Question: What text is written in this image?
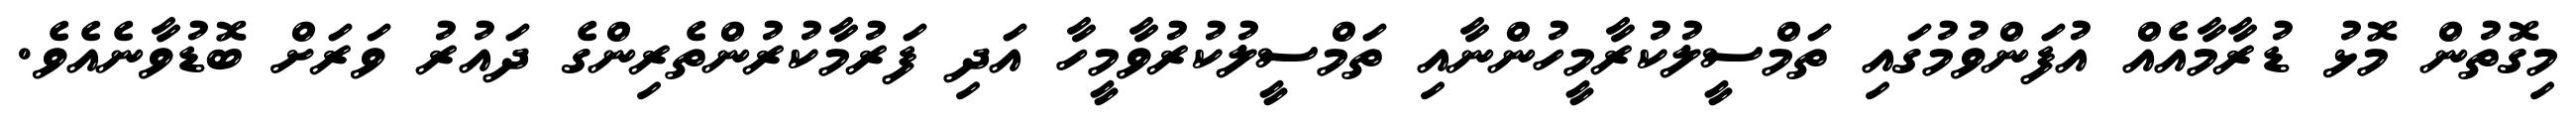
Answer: މިގޮތުން މޮޅު ޑުރާމާއެއް އުފަންވުމުގައި ތަމްސީލުކުރާމީހުންނާއި ތަމްސީލުކުރުވާމީހާ އަދި ފަރުމާކުރުންތެރިންގެ ދައުރު ވަރަށް ބޮޑުވާނެއެވެ.